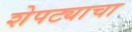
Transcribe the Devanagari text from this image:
शेपट्याचा